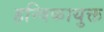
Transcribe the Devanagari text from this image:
हन्विकायुक्त